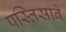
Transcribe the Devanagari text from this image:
पस्तिसावे